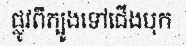
ផ្លូវពីត្បូងទៅជើងបុក